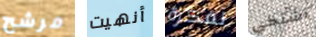
مرشح أنهيت لفكرة أشتكي